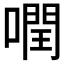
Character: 𠾽